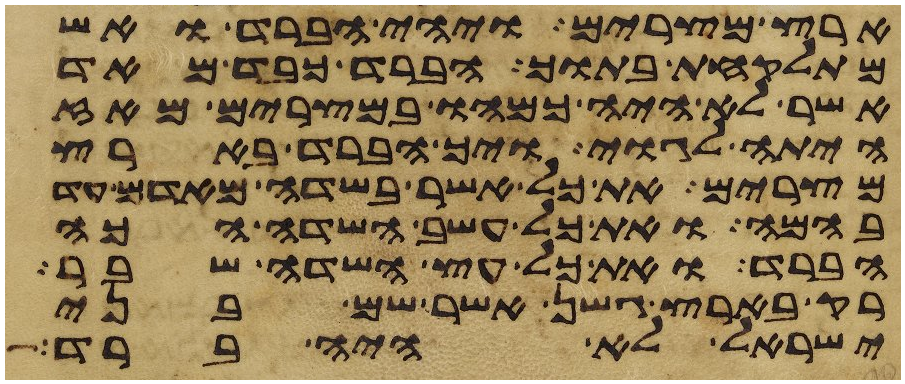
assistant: ארץ מצרים ויהי הברד ואש
מתלקחת בתוך הברד כבד מאד
אשר לא היה כמהו במצרים מאז
היתה לגוי ויך הברד בארץ
מצרים את כל אשר בשדה מאדם עד
בהמה ואת כל עשב השדה הכה
הברד ואת כל עץ השדה שבר
רק בארץ גשן אשר שם בני
ישראל לא היה ברד